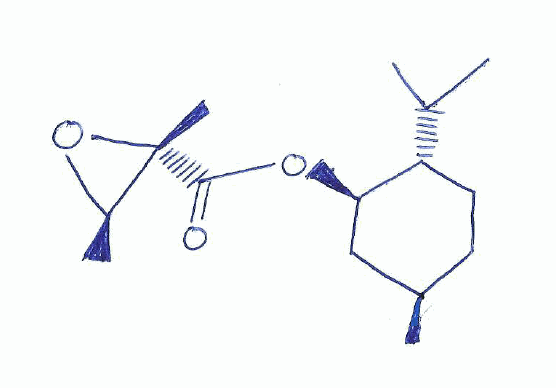
Simplified molecular-input line-entry system (SMILES) notation of the given molecule:
C[C@@H]1CC[C@H]([C@@H](C1)OC(=O)[C@@]2([C@H](O2)C)C)C(C)C